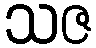
သဇ